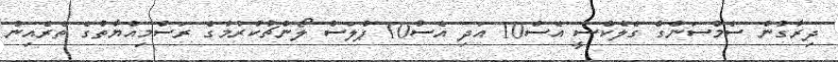
ދިރާގުން ސެމްސަންގް ގެލެކްސީ އެސް10 އަދި އެސް10 ޕްލަސް ލޯންޗުކުރުމުގެ ރަސްމިއްޔާތުގެ ތެރެއިން